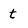
Character: t